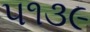
૫૧૩૯